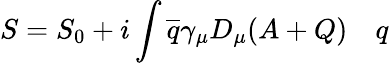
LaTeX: S=S_{0}+i\int{\overline{{q}}}\gamma_{\mu}D_{\mu}(A+Q)\quad q